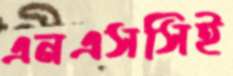
এনএসসিই